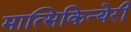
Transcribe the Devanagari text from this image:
मात्सिकिन्येरी